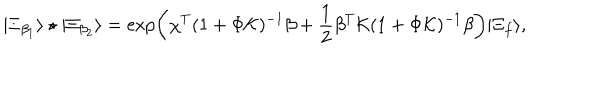
| \Xi _ { \beta _ { 1 } } \rangle \star | \Xi _ { \beta _ { 2 } } \rangle = \exp \biggl ( \chi ^ { T } ( 1 + \Phi { \cal K } ) ^ { - 1 } \beta + { \frac { 1 } { 2 } } \beta ^ { T } { \cal K } ( 1 + \Phi { \cal K } ) ^ { - 1 } \beta \biggr ) | \Xi _ { f } \rangle ,